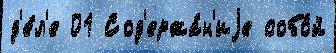
д'е́л'е 01 Сод'ержа́н'иjе собо́й